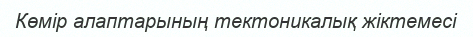
Көмір алаптарының тектоникалық жіктемесі